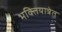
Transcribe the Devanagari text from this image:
भक्तियात्रेत